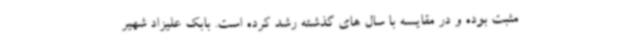
مثبت بوده و در مقایسه با سال های گذشته رشد کرده است. بابک علیزاد شهیر